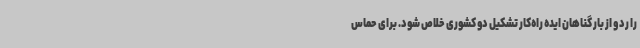
را رد و از بار گناهان ایده راه‌کار تشکیل دو کشوری خلاص شود. برای حماس